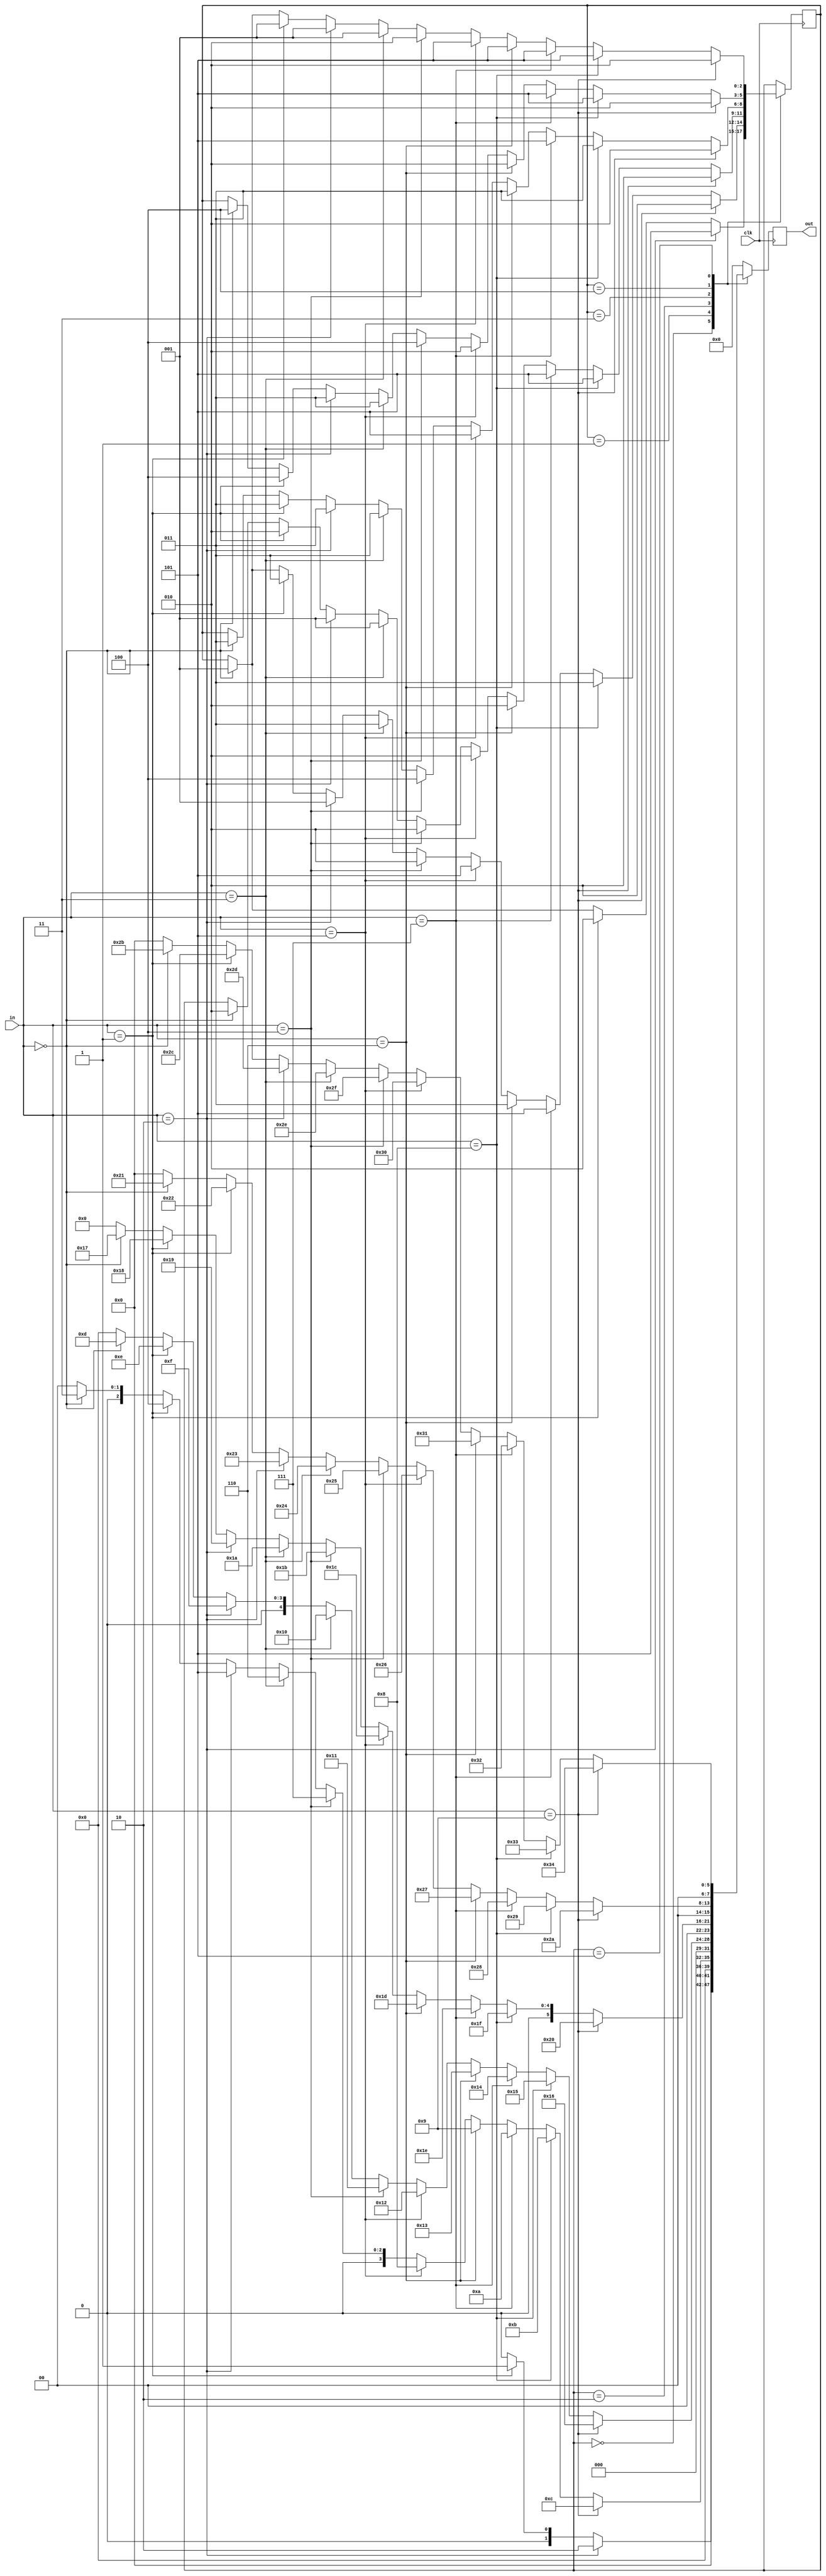
module s27(input clk,input[3:0] in, output [7:0] out);
	reg[2:0] state;
	always @(posedge clk) begin
		out<=0;
		case (state)
			0: begin
				if(in == 0) begin
					state<=1;
					out<=0;
				end
				if(in == 1) begin
					state<=2;
					out<=1;
				end
				if(in == 2) begin
					state<=5;
					out<=2;
				end
			end
			1: begin
				if(in == 0) begin
					state<=1;
					out<=3;
				end
				if(in == 1) begin
					state<=3;
					out<=4;
				end
				if(in == 2) begin
					state<=1;
					out<=5;
				end
				if(in == 3) begin
					state<=3;
					out<=6;
				end
				if(in == 4) begin
					state<=2;
					out<=7;
				end
				if(in == 5) begin
					state<=5;
					out<=8;
				end
				if(in == 6) begin
					state<=3;
					out<=9;
				end
				if(in == 7) begin
					state<=5;
					out<=10;
				end
				if(in == 8) begin
					state<=3;
					out<=11;
				end
				if(in == 9) begin
					state<=2;
					out<=12;
				end
			end
			2: begin
				if(in == 0) begin
					state<=2;
					out<=13;
				end
				if(in == 1) begin
					state<=2;
					out<=14;
				end
				if(in == 2) begin
					state<=1;
					out<=15;
				end
				if(in == 3) begin
					state<=1;
					out<=16;
				end
				if(in == 4) begin
					state<=2;
					out<=17;
				end
				if(in == 5) begin
					state<=2;
					out<=18;
				end
				if(in == 6) begin
					state<=2;
					out<=19;
				end
				if(in == 7) begin
					state<=5;
					out<=20;
				end
				if(in == 8) begin
					state<=5;
					out<=21;
				end
				if(in == 9) begin
					state<=2;
					out<=22;
				end
			end
			3: begin
				if(in == 0) begin
					state<=3;
					out<=23;
				end
				if(in == 1) begin
					state<=3;
					out<=24;
				end
				if(in == 2) begin
					state<=3;
					out<=25;
				end
				if(in == 3) begin
					state<=3;
					out<=26;
				end
				if(in == 4) begin
					state<=4;
					out<=27;
				end
				if(in == 5) begin
					state<=5;
					out<=28;
				end
				if(in == 6) begin
					state<=3;
					out<=29;
				end
				if(in == 7) begin
					state<=5;
					out<=30;
				end
				if(in == 8) begin
					state<=3;
					out<=31;
				end
				if(in == 9) begin
					state<=2;
					out<=32;
				end
			end
			4: begin
				if(in == 0) begin
					state<=4;
					out<=33;
				end
				if(in == 1) begin
					state<=4;
					out<=34;
				end
				if(in == 2) begin
					state<=3;
					out<=35;
				end
				if(in == 3) begin
					state<=3;
					out<=36;
				end
				if(in == 4) begin
					state<=4;
					out<=37;
				end
				if(in == 5) begin
					state<=2;
					out<=38;
				end
				if(in == 6) begin
					state<=2;
					out<=39;
				end
				if(in == 7) begin
					state<=5;
					out<=40;
				end
				if(in == 8) begin
					state<=5;
					out<=41;
				end
				if(in == 9) begin
					state<=2;
					out<=42;
				end
			end
			5: begin
				if(in == 0) begin
					state<=1;
					out<=43;
				end
				if(in == 1) begin
					state<=1;
					out<=44;
				end
				if(in == 2) begin
					state<=1;
					out<=45;
				end
				if(in == 3) begin
					state<=1;
					out<=46;
				end
				if(in == 4) begin
					state<=2;
					out<=47;
				end
				if(in == 5) begin
					state<=5;
					out<=48;
				end
				if(in == 6) begin
					state<=5;
					out<=49;
				end
				if(in == 7) begin
					state<=5;
					out<=50;
				end
				if(in == 8) begin
					state<=5;
					out<=51;
				end
				if(in == 9) begin
					state<=2;
					out<=52;
				end
			end
		endcase
	end
endmodule